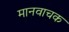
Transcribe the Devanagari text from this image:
मानवाचक